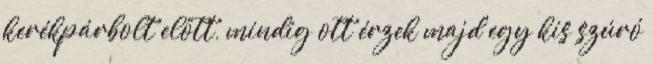
kerékpárbolt előtt, mindig ott érzek majd egy kis szúró